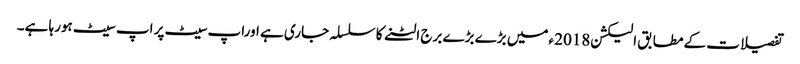
تفصیلات کے مطابق الیکشن2018 ءمیں بڑے بڑے برج الٹنے کا سلسلہ جاری ہے اوراپ سیٹ پر اپ سیٹ ہورہا ہے۔